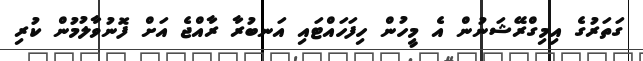
ގަތަރުގެ އިމިގްރޭޝަނުން އެ މީހުން ހިފަހައްޓައި އަނބުރާ ރާއްޖެ އަށް ފޮނުވާލުމުން ކުރި